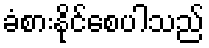
ခံစားနိုင်စေပါသည်